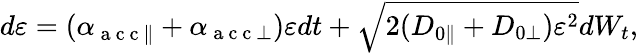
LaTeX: \begin{array}{r}{d\varepsilon=(\alpha_{\mathrm{~a~c~c~}\parallel}+\alpha_{\mathrm{~a~c~c~}\perp})\varepsilon dt+\sqrt{2(D_{0\parallel}+D_{0\perp})\varepsilon^{2}}dW_{t},}\end{array}